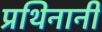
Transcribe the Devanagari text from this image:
प्रथिनानी